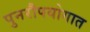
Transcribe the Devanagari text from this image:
पुनरौपयोगात